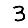
Digit: 3